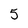
Character: 5